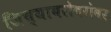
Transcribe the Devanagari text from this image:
जिच्याबरोबरोबर